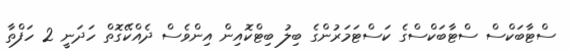
ސްޓާބަކްސް ސްޓާބަކްސްގެ ކަސްޓަމަރުންގެ ބިލު ބިޓްކޮއިން އިންވެސް ދެއްކޭގޮތް ހަދަނީ 2 ހަފްތާ